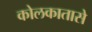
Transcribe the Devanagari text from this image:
कोलकातासे